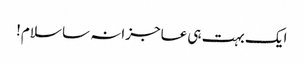
ایک بہت ہی عاجزانہ سا سلام!